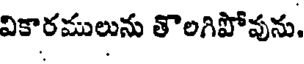
వికారములును తొలగిపోవును.